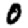
Digit: 0